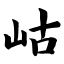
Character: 岵